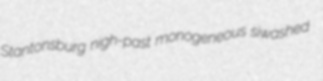
Stantonsburg nigh-past monogeneous siwashed